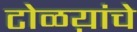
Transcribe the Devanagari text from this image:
टोळय़ांचे